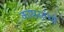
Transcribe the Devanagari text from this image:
काष्ठस्तंभों